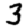
Digit: 3